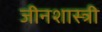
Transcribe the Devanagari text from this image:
जीनशास्त्री